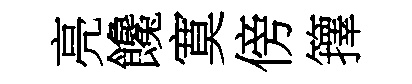
亮饞寞傍籜